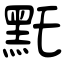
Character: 𪐞